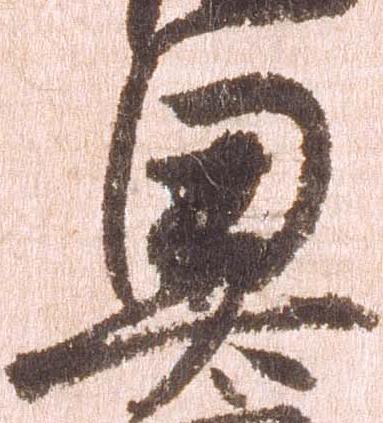
奥